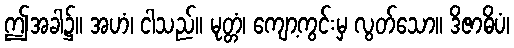
ဤအခါ၌။ အဟံ၊ ငါသည်။ မုတ္တံ၊ ကျော့ကွင်းမှ လွတ်သော။ ဒိဇာဓိပံ၊